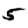
Digit: 5